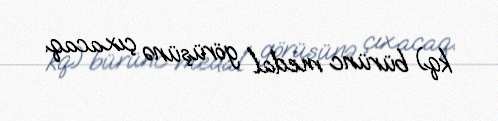
kq) bürünc medal görüşünə çıxacaq.